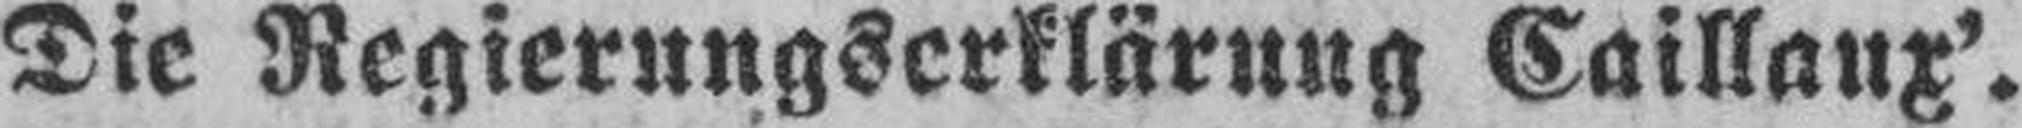
Die Regierungserklärung Caillaux'.